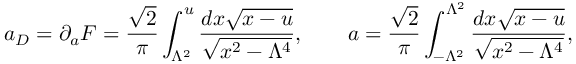
a _ { D } = \partial _ { a } { \cal F } = { \frac { \sqrt 2 } { \pi } } \int _ { \Lambda ^ { 2 } } ^ { u } { \frac { d x \sqrt { x - u } } { \sqrt { x ^ { 2 } - { \Lambda ^ { 4 } } } } } , \qquad a = { \frac { \sqrt 2 } { \pi } } \int _ { - { \Lambda ^ { 2 } } } ^ { \Lambda ^ { 2 } } { \frac { d x \sqrt { x - u } } { \sqrt { x ^ { 2 } - { \Lambda ^ { 4 } } } } } ,